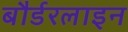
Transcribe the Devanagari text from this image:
बौर्डरलाइन